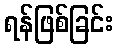
ရန်ဖြစ်ခြင်း